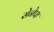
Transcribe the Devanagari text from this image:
सेनेपा